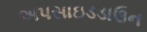
અપસાઇડડાઉન